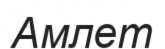
Амлет